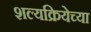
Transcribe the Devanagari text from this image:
शल्यक्रियेच्या